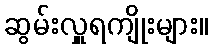
ဆွမ်းလှူရကျိုးများ။